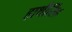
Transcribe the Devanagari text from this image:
हाथीसिंह